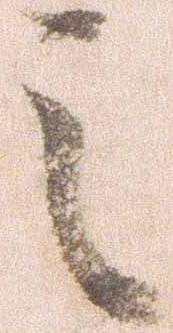
之